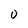
Character: 0